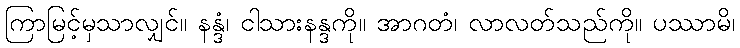
ကြာမြင့်မှသာလျှင်။ နန္ဒံ၊ ငါသားနန္ဒကို။ အာဂတံ၊ လာလတ်သည်ကို။ ပဿာမိ၊